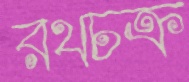
রথচক্র